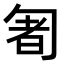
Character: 𠣰